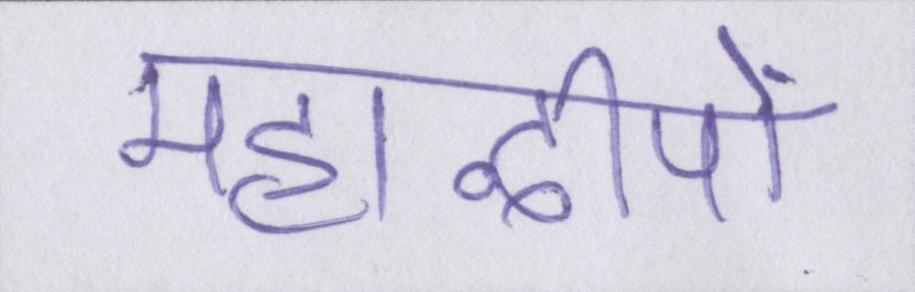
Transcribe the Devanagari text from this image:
महाद्वीपों